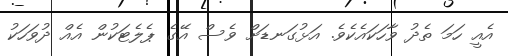
އެއީ ހަމަ ތެދު ވާހަކައެކެވެ. އަޅުގަނޑަށް ވެސް އޭގެ ޕެލެޓަކުން އެއް ދުވަހަކު